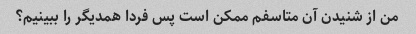
من از شنیدن آن متاسفم ممکن است پس فردا همدیگر را ببینیم؟